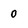
Character: 0